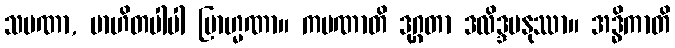
သမဏာ, ဗာဟိတပါပါ ဗြာဟ္မဏာ။ ကပဏာတိ ဒုဂ္ဂတာ ဒလိဒ္ဒမနုဿာ။ အဒ္ဓိကာတိ